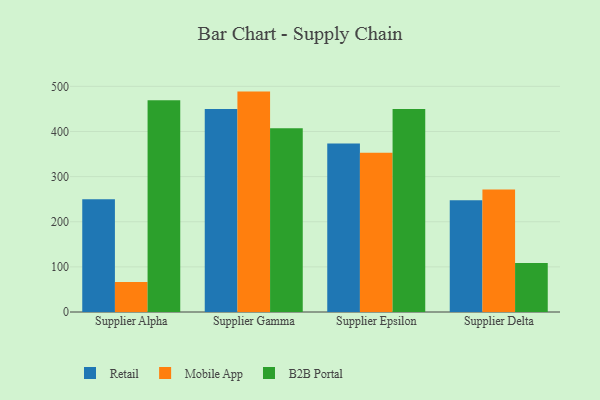
{"axis": {"x": "Supplier", "y": "Population (Million)"}, "legend": ["B2B Portal", "Mobile App", "Retail"], "data": [{"x": "Supplier Alpha", "y": 250.1, "type": "Retail"}, {"x": "Supplier Alpha", "y": 66.7, "type": "Mobile App"}, {"x": "Supplier Alpha", "y": 469.1, "type": "B2B Portal"}, {"x": "Supplier Gamma", "y": 449.6, "type": "Retail"}, {"x": "Supplier Gamma", "y": 488.4, "type": "Mobile App"}, {"x": "Supplier Gamma", "y": 407.1, "type": "B2B Portal"}, {"x": "Supplier Epsilon", "y": 373.5, "type": "Retail"}, {"x": "Supplier Epsilon", "y": 352.9, "type": "Mobile App"}, {"x": "Supplier Epsilon", "y": 449.6, "type": "B2B Portal"}, {"x": "Supplier Delta", "y": 247.6, "type": "Retail"}, {"x": "Supplier Delta", "y": 271.3, "type": "Mobile App"}, {"x": "Supplier Delta", "y": 108.8, "type": "B2B Portal"}]}